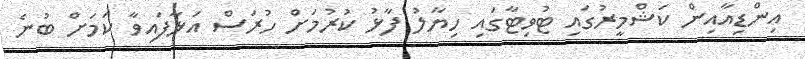
އިންޑިއާއިން ކަޝްމީރުގައި ޓުވިޓާގައި ހިޔާލު ފާޅު ކުރުމަށް ހުރަސް އަޅާފައިވާ ކަމަށް ބުނެ